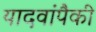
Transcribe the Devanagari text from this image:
यादवांपैकी